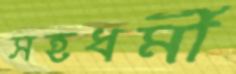
সহধর্মী